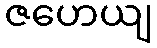
ဇဟေယျ